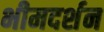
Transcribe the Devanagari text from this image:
भीमदर्शन